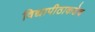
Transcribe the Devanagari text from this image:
विद्यापीठाकडेच